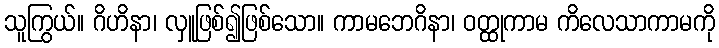
သူကြွယ်။ ဂိဟိနာ၊ လှူဖြစ်၍ဖြစ်သော။ ကာမဘေဂိနာ၊ ဝတ္ထုကာမ ကိလေသာကာမကို